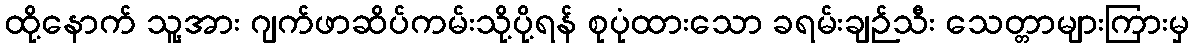
ထို့နောက် သူ့အား ဂျက်ဖာဆိပ်ကမ်းသို့ပို့ရန် စုပုံထားသော ခရမ်းချဉ်သီး သေတ္တာများကြားမှ